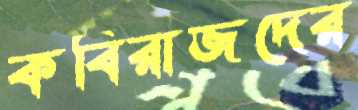
কবিরাজদের